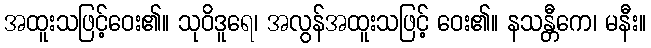
အထူးသဖြင့်ဝေး၏။ သုဝိဒူရေ၊ အလွန်အထူးသဖြင့် ဝေး၏။ နသန္တီကေ၊ မနီး။